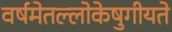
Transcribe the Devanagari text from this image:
वर्षमेतल्लोकेषुगीयते